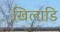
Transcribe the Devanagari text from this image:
खिलाडि